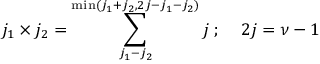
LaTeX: j _ { 1 } \times j _ { 2 } = \sum _ { j _ { 1 } - j _ { 2 } } ^ { \operatorname * { m i n } ( j _ { 1 } + j _ { 2 } , 2 j - j _ { 1 } - j _ { 2 } ) } j \; ; \; \; \; \; 2 j = \nu - 1